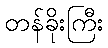
တန်ခိုးကြီး